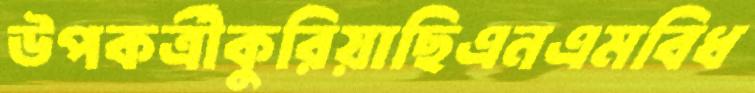
উপকর্ত্রীকুরিয়াছিএনএমবিধ